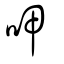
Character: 呷